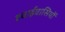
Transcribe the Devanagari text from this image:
हवाईवासियों